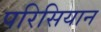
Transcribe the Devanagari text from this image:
परिसियान